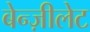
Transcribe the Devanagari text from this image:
बेन्ज़ीलेट